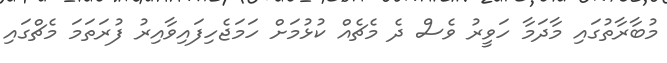
މުބާރާތުގައި މާދަމާ ހަވީރު ވެސް ދެ މެޗެއް ކުޅުމަށް ހަމަޖެހިފައިވާއިރު ފުރަތަމަ މެޗްގައި